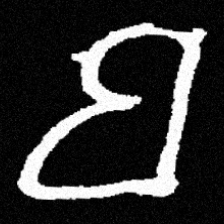
Pyu character \u2014 Myanmar letter: ဗ (romanized: ba)